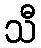
သီ